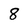
Character: 8